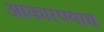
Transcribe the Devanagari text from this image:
आकारण्यास